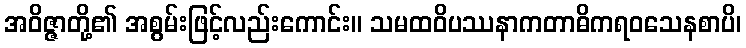
အဝိဇ္ဇာတို့၏ အစွမ်းဖြင့်လည်းကောင်း။ သမထဝိပဿနာကတာဓိကရဝသေနစာပိ၊